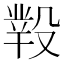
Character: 𣪲